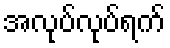
အလုပ်လုပ်ရက်